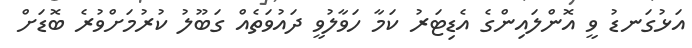
އަޅުގަނޑު ވީ އޮންލައިންގެ އެޑިޓަރު ކަމާ ހަވާލުވީ ދައުވަތެއް ގަބޫލު ކުރުމަށްވުރެ ބޮޑަށް